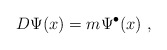
\begin{align*}D \Psi(x) = m \Psi^{\bullet}(x)~,\end{align*}